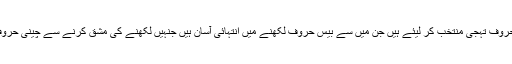
چینی ماہرین لسانیات نے چینی حروفِ تہجی سے ساٹھ ایسے حروفِ تہجی منتخب کر لیئے ہیں جن میں سے بیس حروف لکھنے میں انتہائی آسان ہیں جنہیں لکھنے کی مشق کرنے سے چینی حروفِ تہجی کی ساخت کو سمجھنے میں بہت حدتک مدد ملتی ہے۔